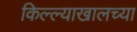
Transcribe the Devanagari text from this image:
किल्ल्याखालच्या